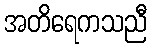
အတိရေကသညီ